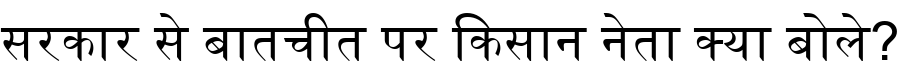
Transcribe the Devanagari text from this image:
सरकार से बातचीत पर किसान नेता क्या बोले?